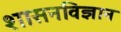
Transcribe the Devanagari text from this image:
शासनविज्ञान